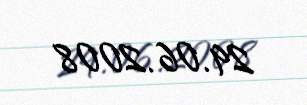
29.06.2008